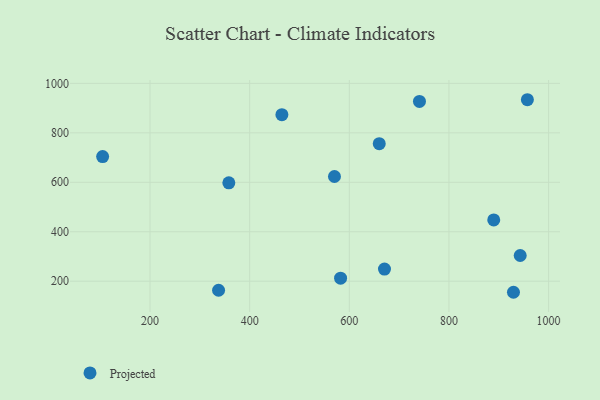
{"axis": {"x": "Price", "y": "Sales"}, "legend": ["Projected"], "data": [{"x": "337.6", "y": 163.3, "type": "Projected"}, {"x": "104.9", "y": 703.8, "type": "Projected"}, {"x": "929.5", "y": 155.2, "type": "Projected"}, {"x": "660.1", "y": 756.2, "type": "Projected"}, {"x": "464.7", "y": 873.5, "type": "Projected"}, {"x": "943.0", "y": 304.0, "type": "Projected"}, {"x": "740.8", "y": 927.0, "type": "Projected"}, {"x": "358.2", "y": 598.0, "type": "Projected"}, {"x": "670.6", "y": 249.0, "type": "Projected"}, {"x": "957.4", "y": 933.9, "type": "Projected"}, {"x": "570.2", "y": 623.5, "type": "Projected"}, {"x": "889.9", "y": 447.7, "type": "Projected"}, {"x": "582.5", "y": 212.1, "type": "Projected"}]}